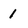
Character: 1